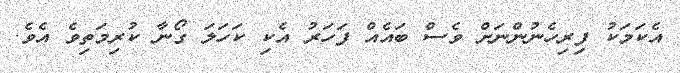
އެކަމަކު ފިރިހެނުންނަށް ވެސް ބައެއް ފަހަރު އެކި ކަހަލަ ގޯނާ ކުރިމަތިވެ އެވެ.